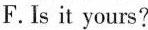
F. Is it yours?